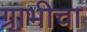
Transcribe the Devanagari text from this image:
ग्राभीचा